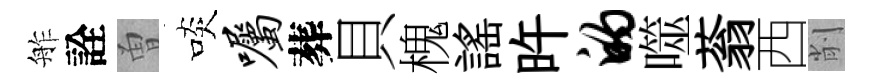
舴詮曽啖嘱葬貝槐謡旿的噬蓊西削